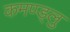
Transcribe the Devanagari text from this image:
कमण्ड्लु